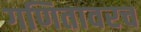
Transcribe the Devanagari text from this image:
गणितावरच